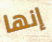
إنها